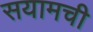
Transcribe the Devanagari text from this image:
सयामची